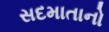
સદમાતાનો